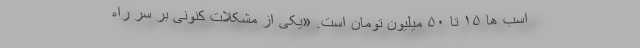
اسب ها ۱۵ تا ۵۰ میلیون تومان است. «یکی از مشکلات کنونی بر سر راه